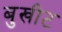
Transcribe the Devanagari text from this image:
बुखीट